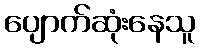
ပျောက်ဆုံးနေသူ